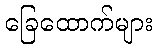
ခြေထောက်များ